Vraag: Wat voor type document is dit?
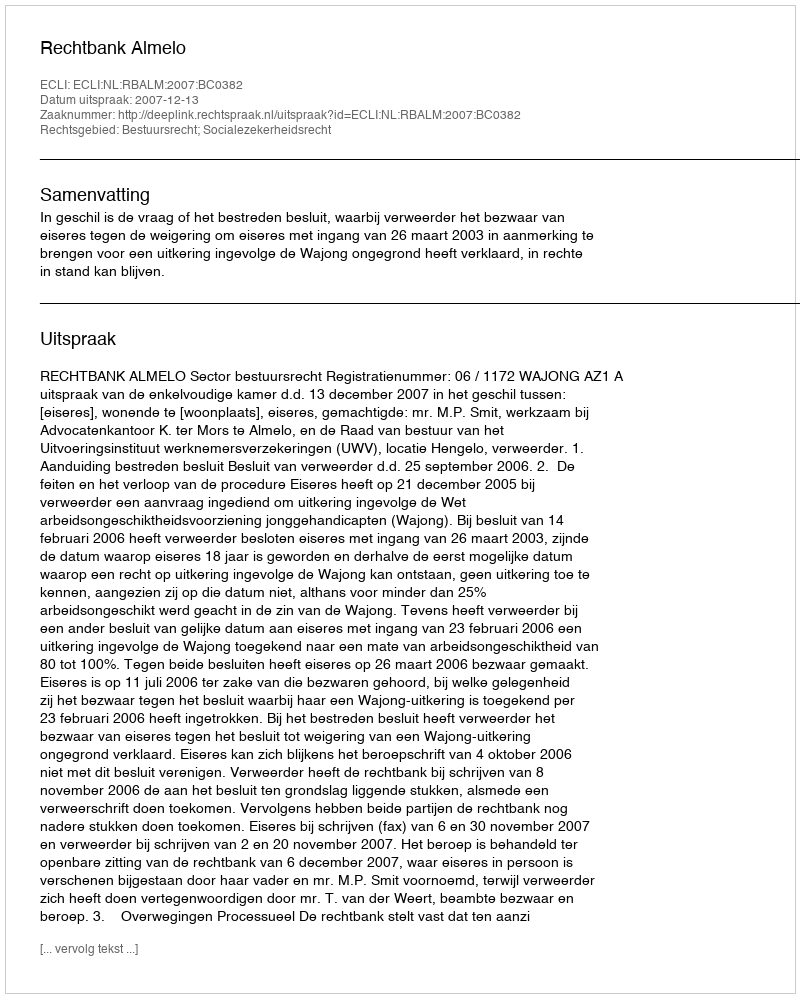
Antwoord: Uitspraak